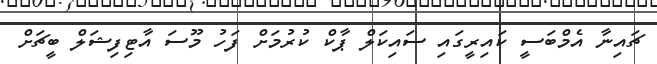
ޗައިނާ އެމްބަސީ ކައިރީގައި ސައިކަލް ޕާކް ކުރުމަށް ފަހު މޫސަ އާޓިފިޝަލް ބީޗަށް